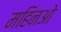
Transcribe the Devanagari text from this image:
महिनओ